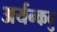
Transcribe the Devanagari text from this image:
अर्यन्कवु